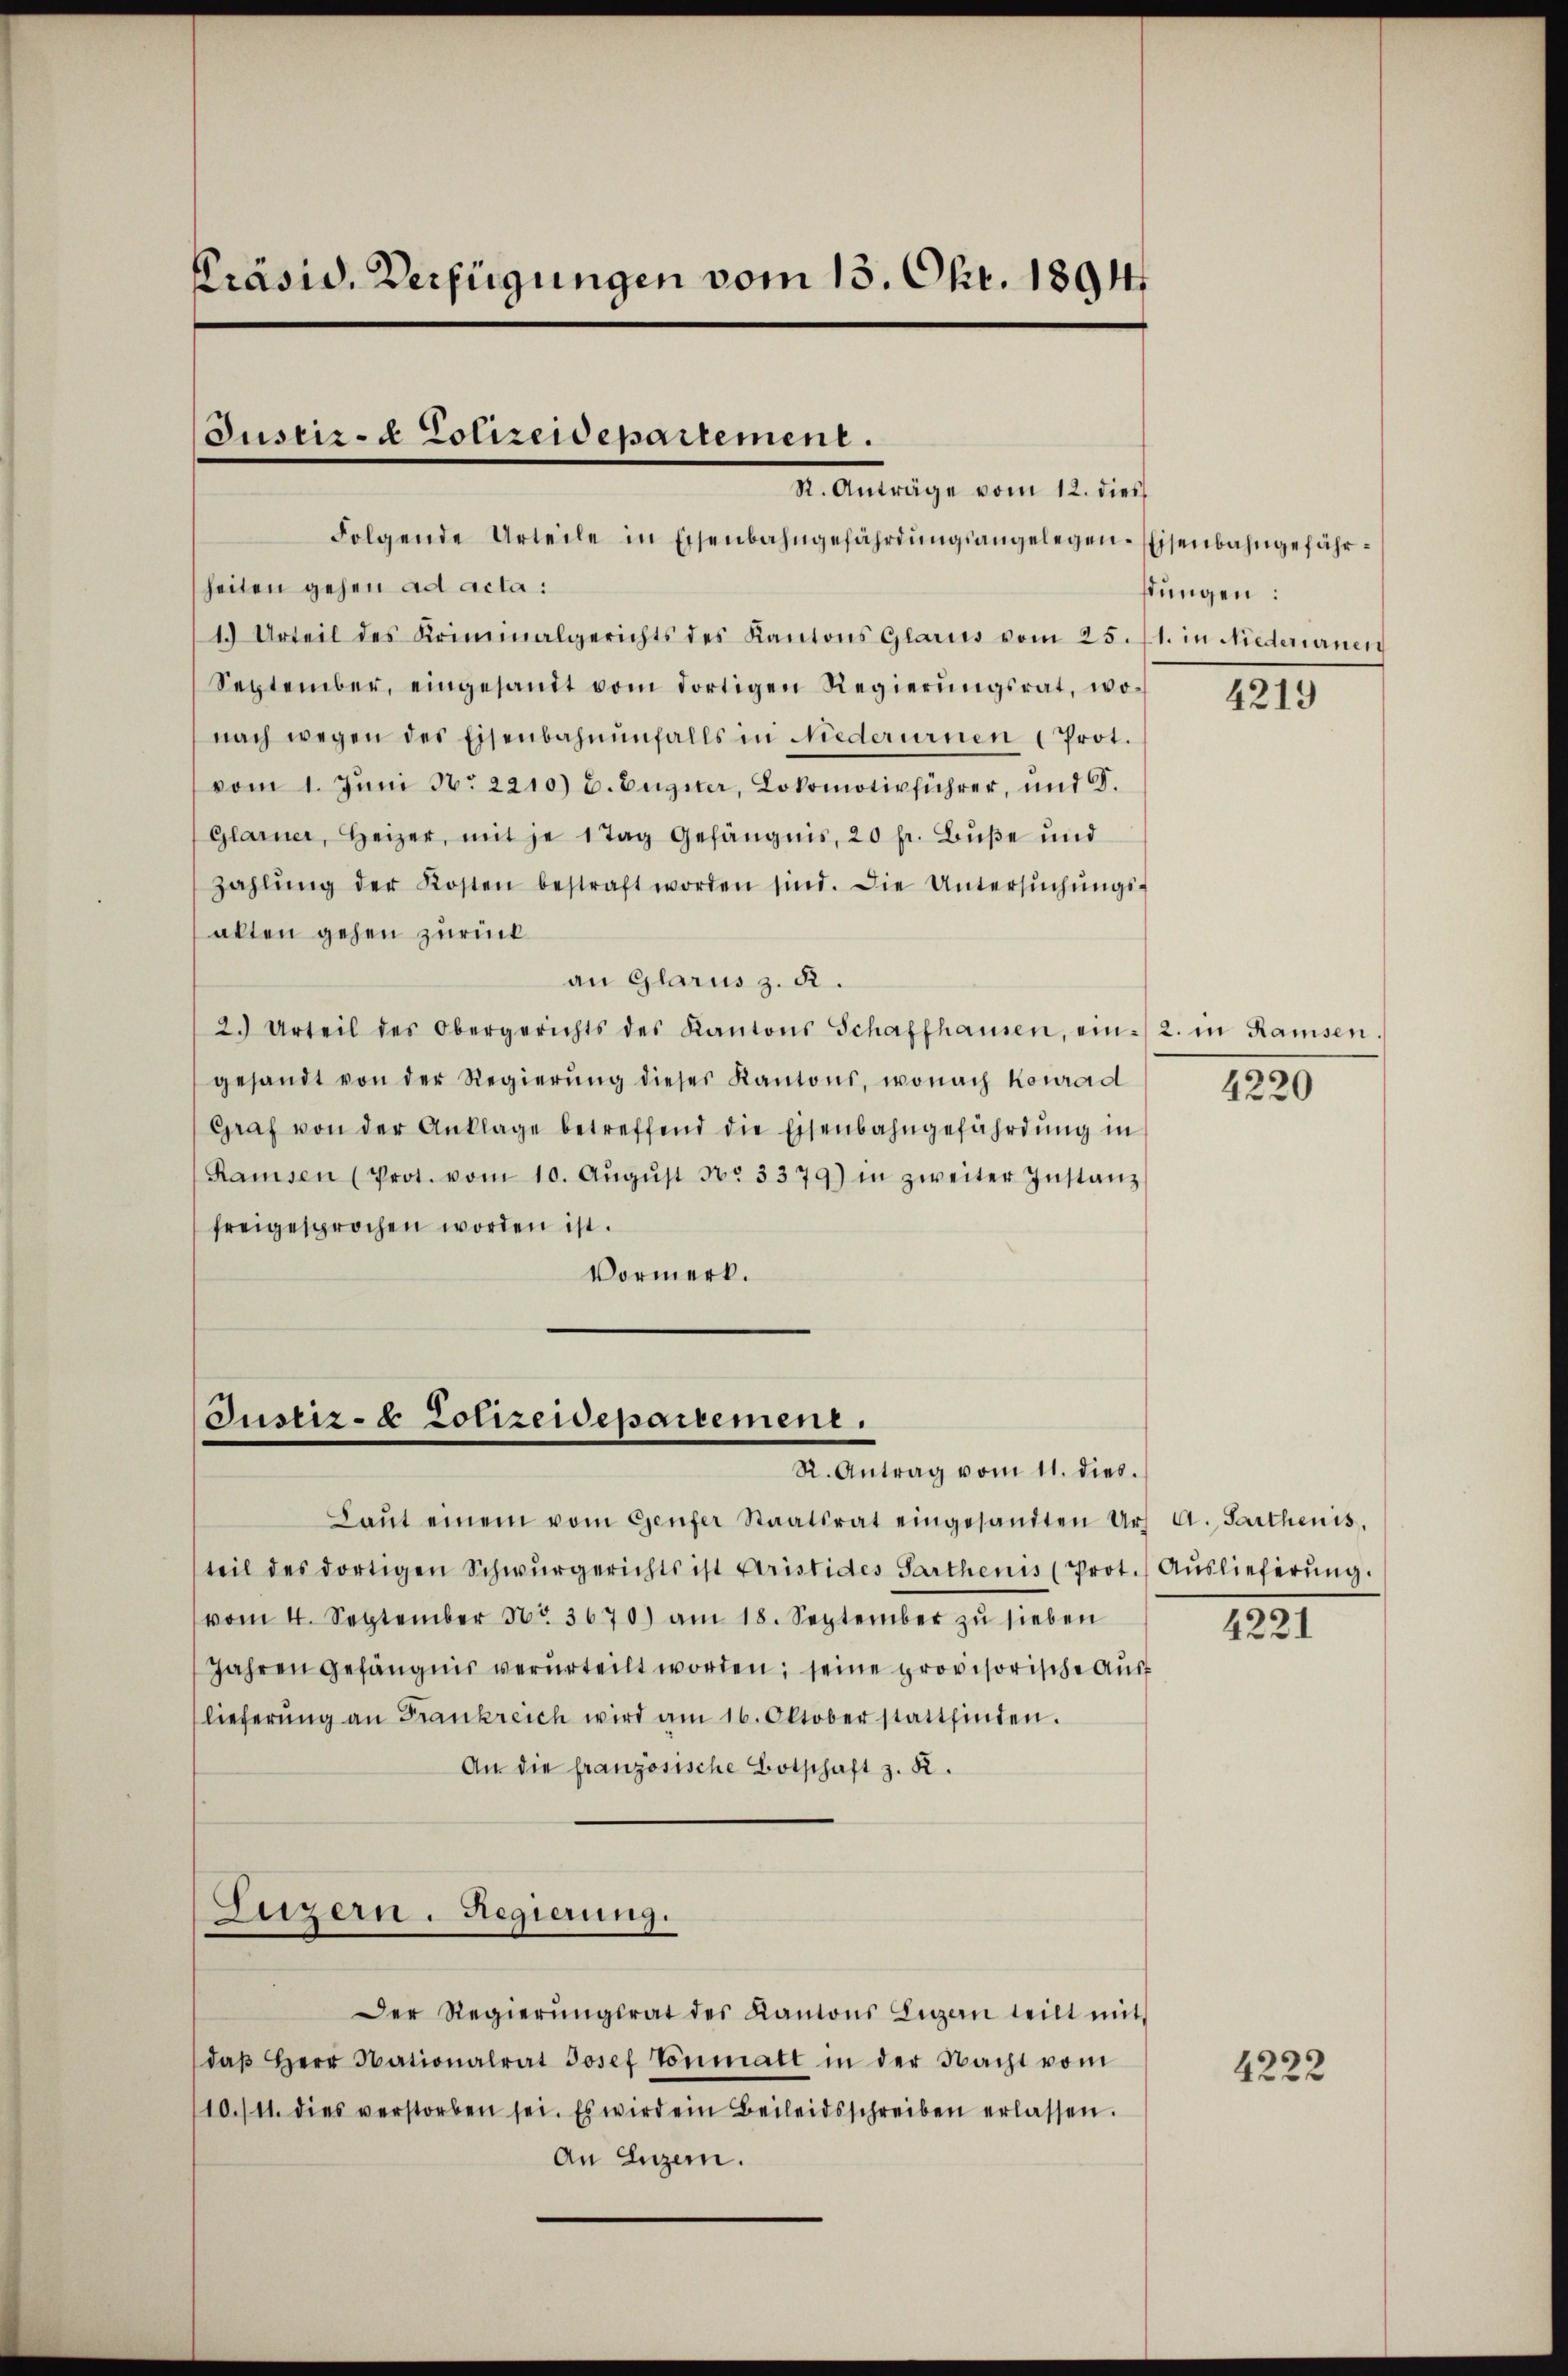
Präsid. Verfügungen vom 13. Okt. 1891

Justiz- & Polizeidepartement.
R. Anträge vom 12. dies

Folgende Urteile in Eisenbahngefährdŭngsangelegen-Eisenbahngefähr-
heiten gehen ad acta:
1. Urteil des Kriminalgerichts des Kantons Glarus vom 25. fl. in Niederurnen
September, eingesandt vom dortigen Regierŭngsrat, wo-
nach wegen des Eisenbahnŭnfalls in Niederurnen Prot.
vom 1. Jŭni N. 2210) u. Eugster, Lokomotivführer, und 9.
Glarner, Heizer, mit je 1 Tag Gefängnis, 20 fr. Bŭβe und
zahlŭng der Kosten bestraft worden sind. Die Untersŭchŭngs-
alten gehen zurück
an Glarus z. R.
2. Urteil des Obergerichts des Kantons Schaffhausen, ein 2. in Ramsen.
gesandt von der Regierŭng dieses Kantons, wonach Konrad
Graf von der Anklage betreffend die Eisenbahngefährdŭng in
Ramsen (Prot. vom 10. Aŭgŭst No 3379) in zweiter Instanz
freigesprochen worden ist.
Vormerk.

Justiz- & Polizeidepartement.
R. Antrag vom 11. dies

Laŭt einem vom Genfer Staatsrat eingesandten Urs A. Sarthenis,
teil des dortigen Schwurgerichts ist Aristides Parthenis (Prot. Auslieferŭng.
vom 4. September Nr. 3670) am 18. September zŭ sieben
Jahren gefängnis verurteilt worden; seine provisorische Auslieferŭng an Frankreich wird am 16. Oktoberstattfinden.
An die französische Botschaft z. B.
Luzern. Regierung.

Der Regierŭngsrat des Kantons Luzern teilt mit
daβ Herr Nationalrat Josef Tonmatt in der Nacht vom
10./11. dies verstorben sei. Es wird ein Beileidsschreiben erlassen.
An Luzern.

stungen:

4219

4220

4221

4222